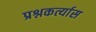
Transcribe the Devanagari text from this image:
प्रश्नकर्त्यास